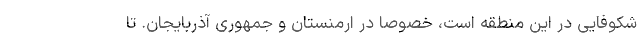
شکوفایی در این منطقه است، خصوصا در ارمنستان و جمهوری آذربایجان. تا